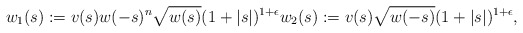
\begin{align*} w_1(s):= v(s)w(-s)^n\sqrt{w(s)}(1+|s|)^{1+\epsilon} w_2(s):= v(s)\sqrt{w(-s)}(1+|s|)^{1+\epsilon}, \end{align*}